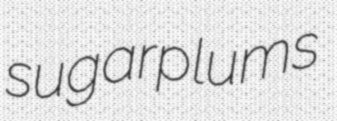
sugarplums